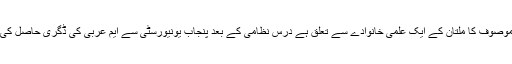
موصوف کا ملتان کے ایک علمی خانوادے سے تعلق ہے درس ِنظامی کے بعد پنجاب یونیورسٹی سے ایم عربی کی ڈگری حاصل کی۔